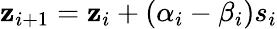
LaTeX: \mathbf{z}_{i+1}=\mathbf{z}_{i}+(\alpha_{i}-\beta_{i})s_{i}